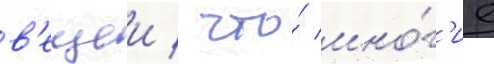
в'ещеи / что́ мно́г'ие